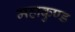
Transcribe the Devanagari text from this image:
महाकुण्ड